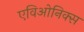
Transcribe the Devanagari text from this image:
एविओनिक्स